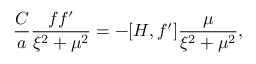
\frac { C } { a } \frac { f f ^ { \prime } } { \xi ^ { 2 } + \mu ^ { 2 } } = - [ H , f ^ { \prime } ] \frac { \mu } { \xi ^ { 2 } + \mu ^ { 2 } } ,